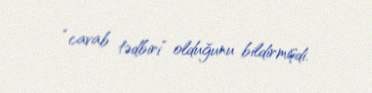
“cavab tədbiri” olduğunu bildirmişdi.